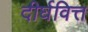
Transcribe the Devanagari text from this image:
दीर्घवित्त